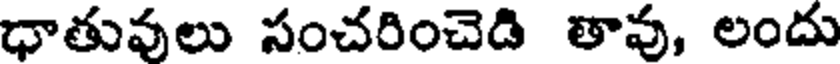
ధాతువులు సంచరించెడి తావు, లందు